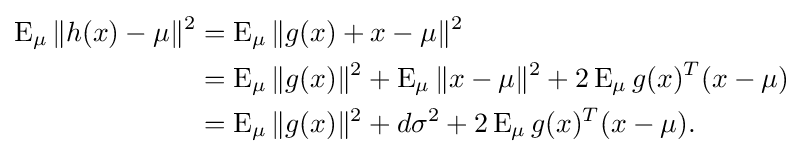
{\begin{aligned}\operatorname {E} _{\mu }\|h(x)-\mu \|^{2}&=\operatorname {E} _{\mu }\|g(x)+x-\mu \|^{2}\\&=\operatorname {E} _{\mu }\|g(x)\|^{2}+\operatorname {E} _{\mu }\|x-\mu \|^{2}+2\operatorname {E} _{\mu }g(x)^{T}(x-\mu )\\&=\operatorname {E} _{\mu }\|g(x)\|^{2}+d\sigma ^{2}+2\operatorname {E} _{\mu }g(x)^{T}(x-\mu ).\end{aligned}}